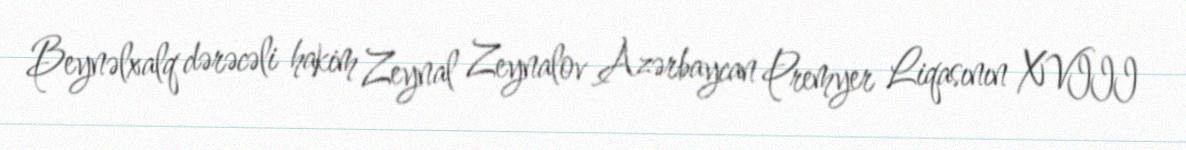
Beynəlxalq dərəcəli hakim Zeynal Zeynalov Azərbaycan Premyer Liqasının XVIII